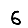
Digit: 6